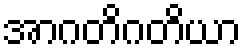
အာဂတိဂတိယာ